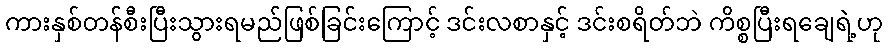
ကားနှစ်တန်စီးပြီးသွားရမည်ဖြစ်ခြင်းကြောင့် ဒင်းလစာနှင့် ဒင်းစရိတ်ဘဲ ကိစ္စပြီးရချေရဲ့ဟု